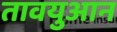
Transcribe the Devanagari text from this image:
तावयुआन